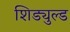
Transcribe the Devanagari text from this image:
शिड्युल्ड